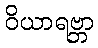
ဝိယာရဗ္ဘာ